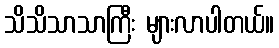
သိသိသာသာကြီး များလာပါတယ်။